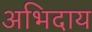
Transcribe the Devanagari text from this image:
अभिदाय